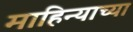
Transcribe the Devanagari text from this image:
माहिन्याच्या